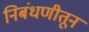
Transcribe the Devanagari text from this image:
निबंधणीतून